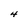
Character: 4